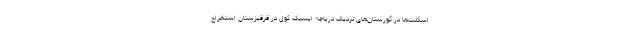
اسکلت‌ها در گورستان‌های نزدیک دریاچه ایسیک کول در قرقیزستان استخراج